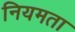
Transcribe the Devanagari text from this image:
नियमता